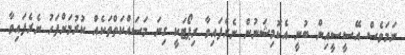
ނަމަވެސް އޭސީސީއިން ބުނީ އެކޮމިޝަނުން ނެރެފައިވާ ރިޕޯޓަކީ ގިނަ މަސައްކަތްތަކެއް ކުރުމަށްފަހު ނެރެފައިވާ